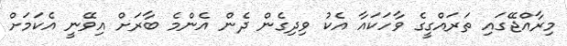
މިރާއްޖޭގައި ތަރައްގީގެ ވާހަކައާ އެކު ވިދިގެން ދެން އެންމެ ބާރަށް އިވޭނީ އެކަމަށް